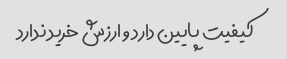
کیفیت پایین دارد و ارزش خرید ندارد